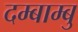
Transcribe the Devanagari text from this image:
दम्बाम्बु